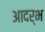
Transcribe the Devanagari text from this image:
आदर्भ